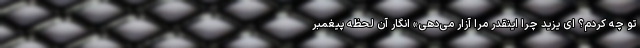
تو چه کردم؟ ای یزید چرا اینقدر مرا آزار می‌دهی» انگار آن لحظه پیغمبر